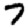
Digit: 7